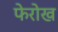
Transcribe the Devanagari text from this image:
फेरोख